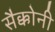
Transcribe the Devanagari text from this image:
सैक्कोनी